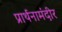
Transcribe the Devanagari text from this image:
प्रार्थनामंदीर